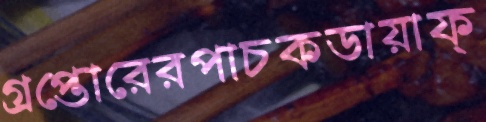
গ্রপ্তোরেরপাচকডায়াফ্